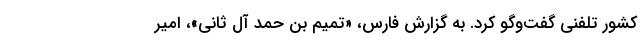
کشور تلفنی گفت‌وگو کرد. به گزارش فارس، «تمیم بن حمد آل ثانی»، امیر